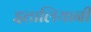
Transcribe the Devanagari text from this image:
इतालियानी